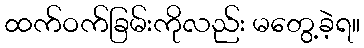
ထက်ဝက်ခြမ်းကိုလည်း မတွေ့ခဲ့ရ။